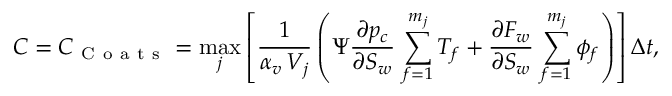
C = C _ { \mathrm { ~ C ~ o ~ a ~ t ~ s ~ } } = \operatorname* { m a x } _ { j } \left[ \frac { 1 } { \alpha _ { v } \, V _ { j } } \left( \Psi \frac { \partial p _ { c } } { \partial S _ { w } } \, \sum _ { f = 1 } ^ { m _ { j } } T _ { f } + \frac { \partial F _ { w } } { \partial S _ { w } } \, \sum _ { f = 1 } ^ { m _ { j } } \phi _ { f } \right) \right] \Delta t ,